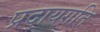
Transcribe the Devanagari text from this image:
प्रदायगति